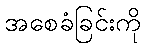
အစေခံခြင်းကို